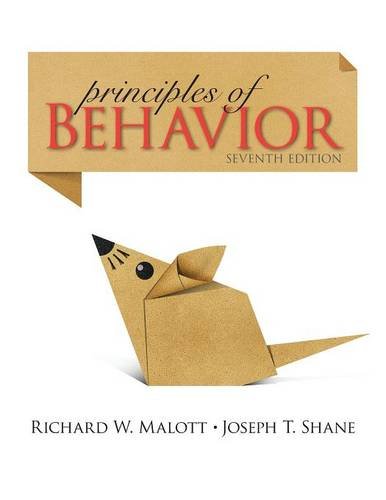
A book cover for Principles of Behavior: Seventh Edition; Richard Malott; Medical Books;